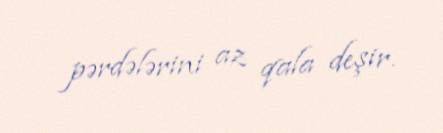
pərdələrini az qala deşir.